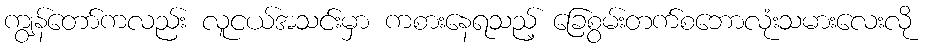
ကျွန်တော်ကလည်း လူငယ်အသင်းမှာ ကစားနေရသည့် ခြေစွမ်းတက်စဘောလုံးသမားလေးလို